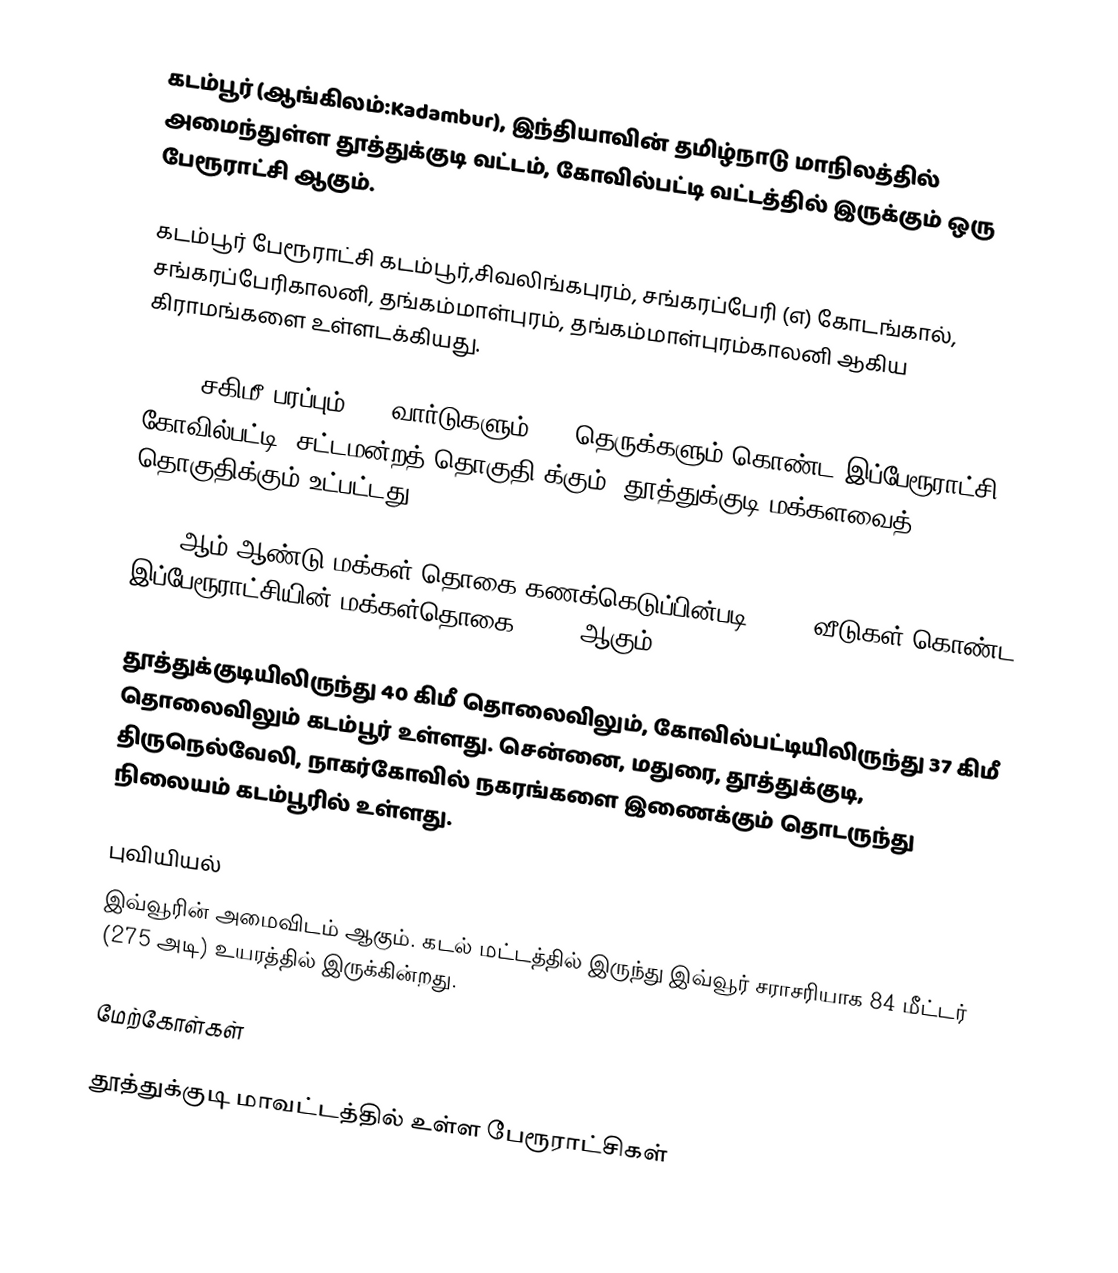
கடம்பூர் (ஆங்கிலம்:Kadambur), இந்தியாவின் தமிழ்நாடு மாநிலத்தில் அமைந்துள்ள தூத்துக்குடி வட்டம், கோவில்பட்டி வட்டத்தில் இருக்கும் ஒரு பேரூராட்சி ஆகும்.

கடம்பூர் பேரூராட்சி கடம்பூர்,சிவலிங்கபுரம், சங்கரப்பேரி (எ) கோடங்கால், சங்கரப்பேரிகாலனி, தங்கம்மாள்புரம், தங்கம்மாள்புரம்காலனி ஆகிய கிராமங்களை உள்ளடக்கியது.

14.53 சகிமீ பரப்பும், 12 வார்டுகளும், 74 தெருக்களும் கொண்ட இப்பேரூராட்சி  கோவில்பட்டி (சட்டமன்றத் தொகுதி)க்கும், தூத்துக்குடி மக்களவைத் தொகுதிக்கும் உட்பட்டது.

2011-ஆம் ஆண்டு மக்கள் தொகை கணக்கெடுப்பின்படி 1,209   வீடுகள் கொண்ட இப்பேரூராட்சியின் மக்கள்தொகை   4,155 ஆகும்

தூத்துக்குடியிலிருந்து 40 கிமீ தொலைவிலும், கோவில்பட்டியிலிருந்து 37 கிமீ தொலைவிலும் கடம்பூர் உள்ளது. சென்னை, மதுரை, தூத்துக்குடி, திருநெல்வேலி, நாகர்கோவில் நகரங்களை இணைக்கும் தொடருந்து நிலையம் கடம்பூரில் உள்ளது.

புவியியல்
இவ்வூரின் அமைவிடம்  ஆகும். கடல் மட்டத்தில் இருந்து இவ்வூர் சராசரியாக 84 மீட்டர் (275 அடி) உயரத்தில் இருக்கின்றது.

மேற்கோள்கள்

தூத்துக்குடி மாவட்டத்தில் உள்ள பேரூராட்சிகள்